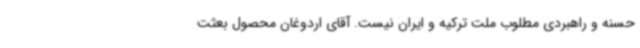
حسنه و راهبردی مطلوب ملت ترکیه و ایران نیست. آقای اردوغان محصول بعثت